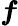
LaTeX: \boldsymbol{f}